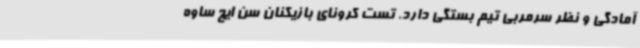
آمادگی و نظر سرمربی تیم بستگی دارد. تست کرونای بازیکنان سن ایچ ساوه